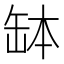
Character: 缽